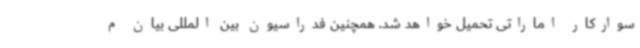
سوارکار اماراتی تحمیل خواهد شد. همچنین فدراسیون بین المللی بیان م